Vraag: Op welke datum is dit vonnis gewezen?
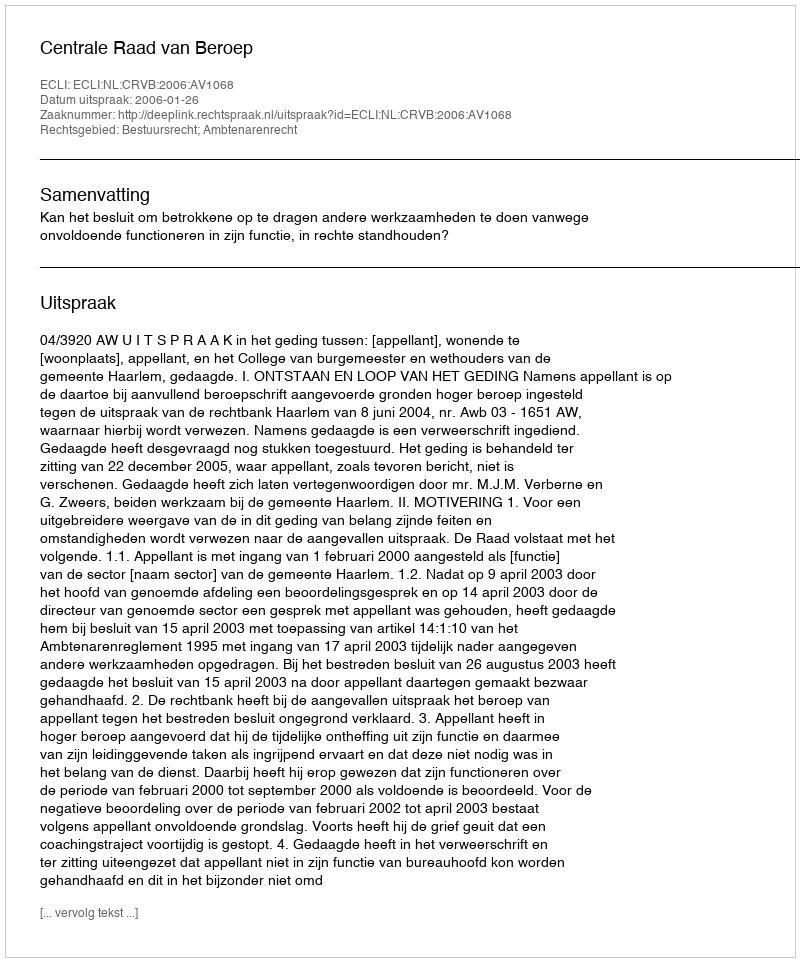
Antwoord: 2006-01-26